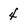
Character: 4